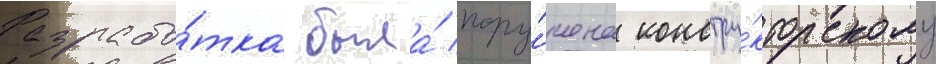
Разрабо́тка была́ пору́чена констру́кторскому